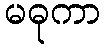
မဓုကာ